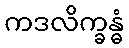
ကဒလိက္ခန္ဓံ